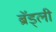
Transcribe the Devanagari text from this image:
ब्रॅड्ली